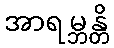
အာရမ္ဘန္တိ